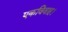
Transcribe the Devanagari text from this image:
एकविवाह।